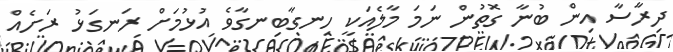
ދިރާސާ އިން ބުނާ ގޮތުން ނަމަ މާލެއަކީ ހިނގާބިނގާވެ އުޅުމަށް ރަނގަޅު ރަށެއް